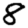
Digit: 8